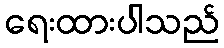
ရေးထားပါသည်